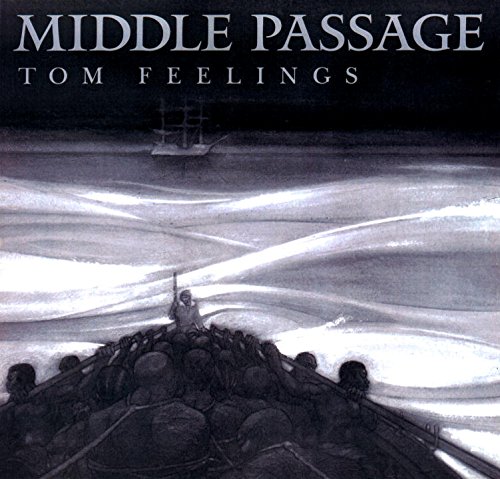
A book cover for The Middle Passage: White Ships/ Black Cargo; Tom Feelings; Teen & Young Adult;